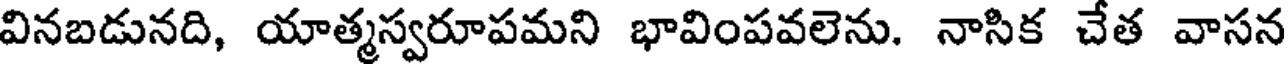
వినబడునది, యాత్మస్వరూపమని భావింపవలెను. నాసిక చేత వాసన